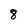
Character: 8